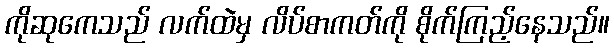
ကိုဆုကေသည် လက်ထဲမှ လိပ်စာကတ်ကို စိုက်ကြည့်နေသည်။